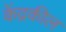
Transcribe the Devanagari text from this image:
केंद्रकील